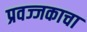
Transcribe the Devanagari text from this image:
प्रवज्जकाचा